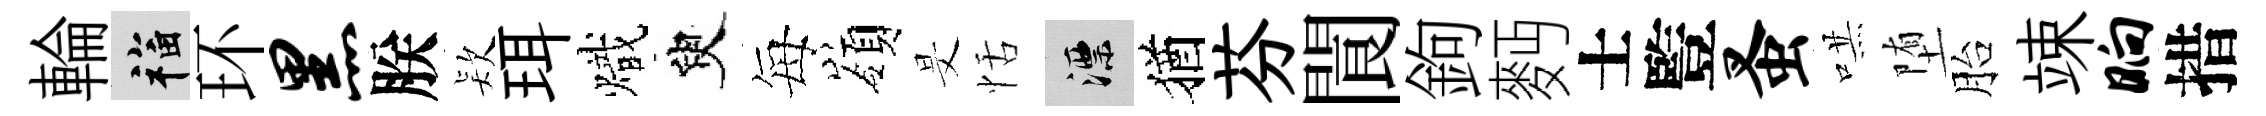
輪福环黑朕𣣇珥熾臾每嶺旻恬漂猶芬閬鉤麪士䜿蚤哄堕胎竦晌措